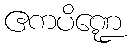
ဧကပိဏ္ဍေ